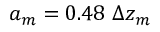
a _ { m } = 0 . 4 8 ~ \Delta z _ { m }